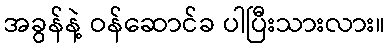
အခွန်နဲ့ ဝန်ဆောင်ခ ပါပြီးသားလား။